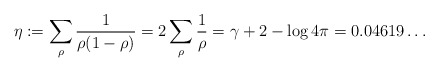
\begin{align*} \eta:=\sum_\rho \frac{1}{\rho(1-\rho)}=2\sum_\rho \frac{1}{\rho}=\gamma+2-\log 4\pi=0.04619\ldots\end{align*}